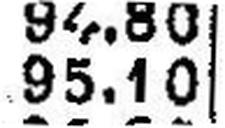
95.10